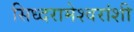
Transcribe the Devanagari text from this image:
सिध्दरामेश्वरांशी